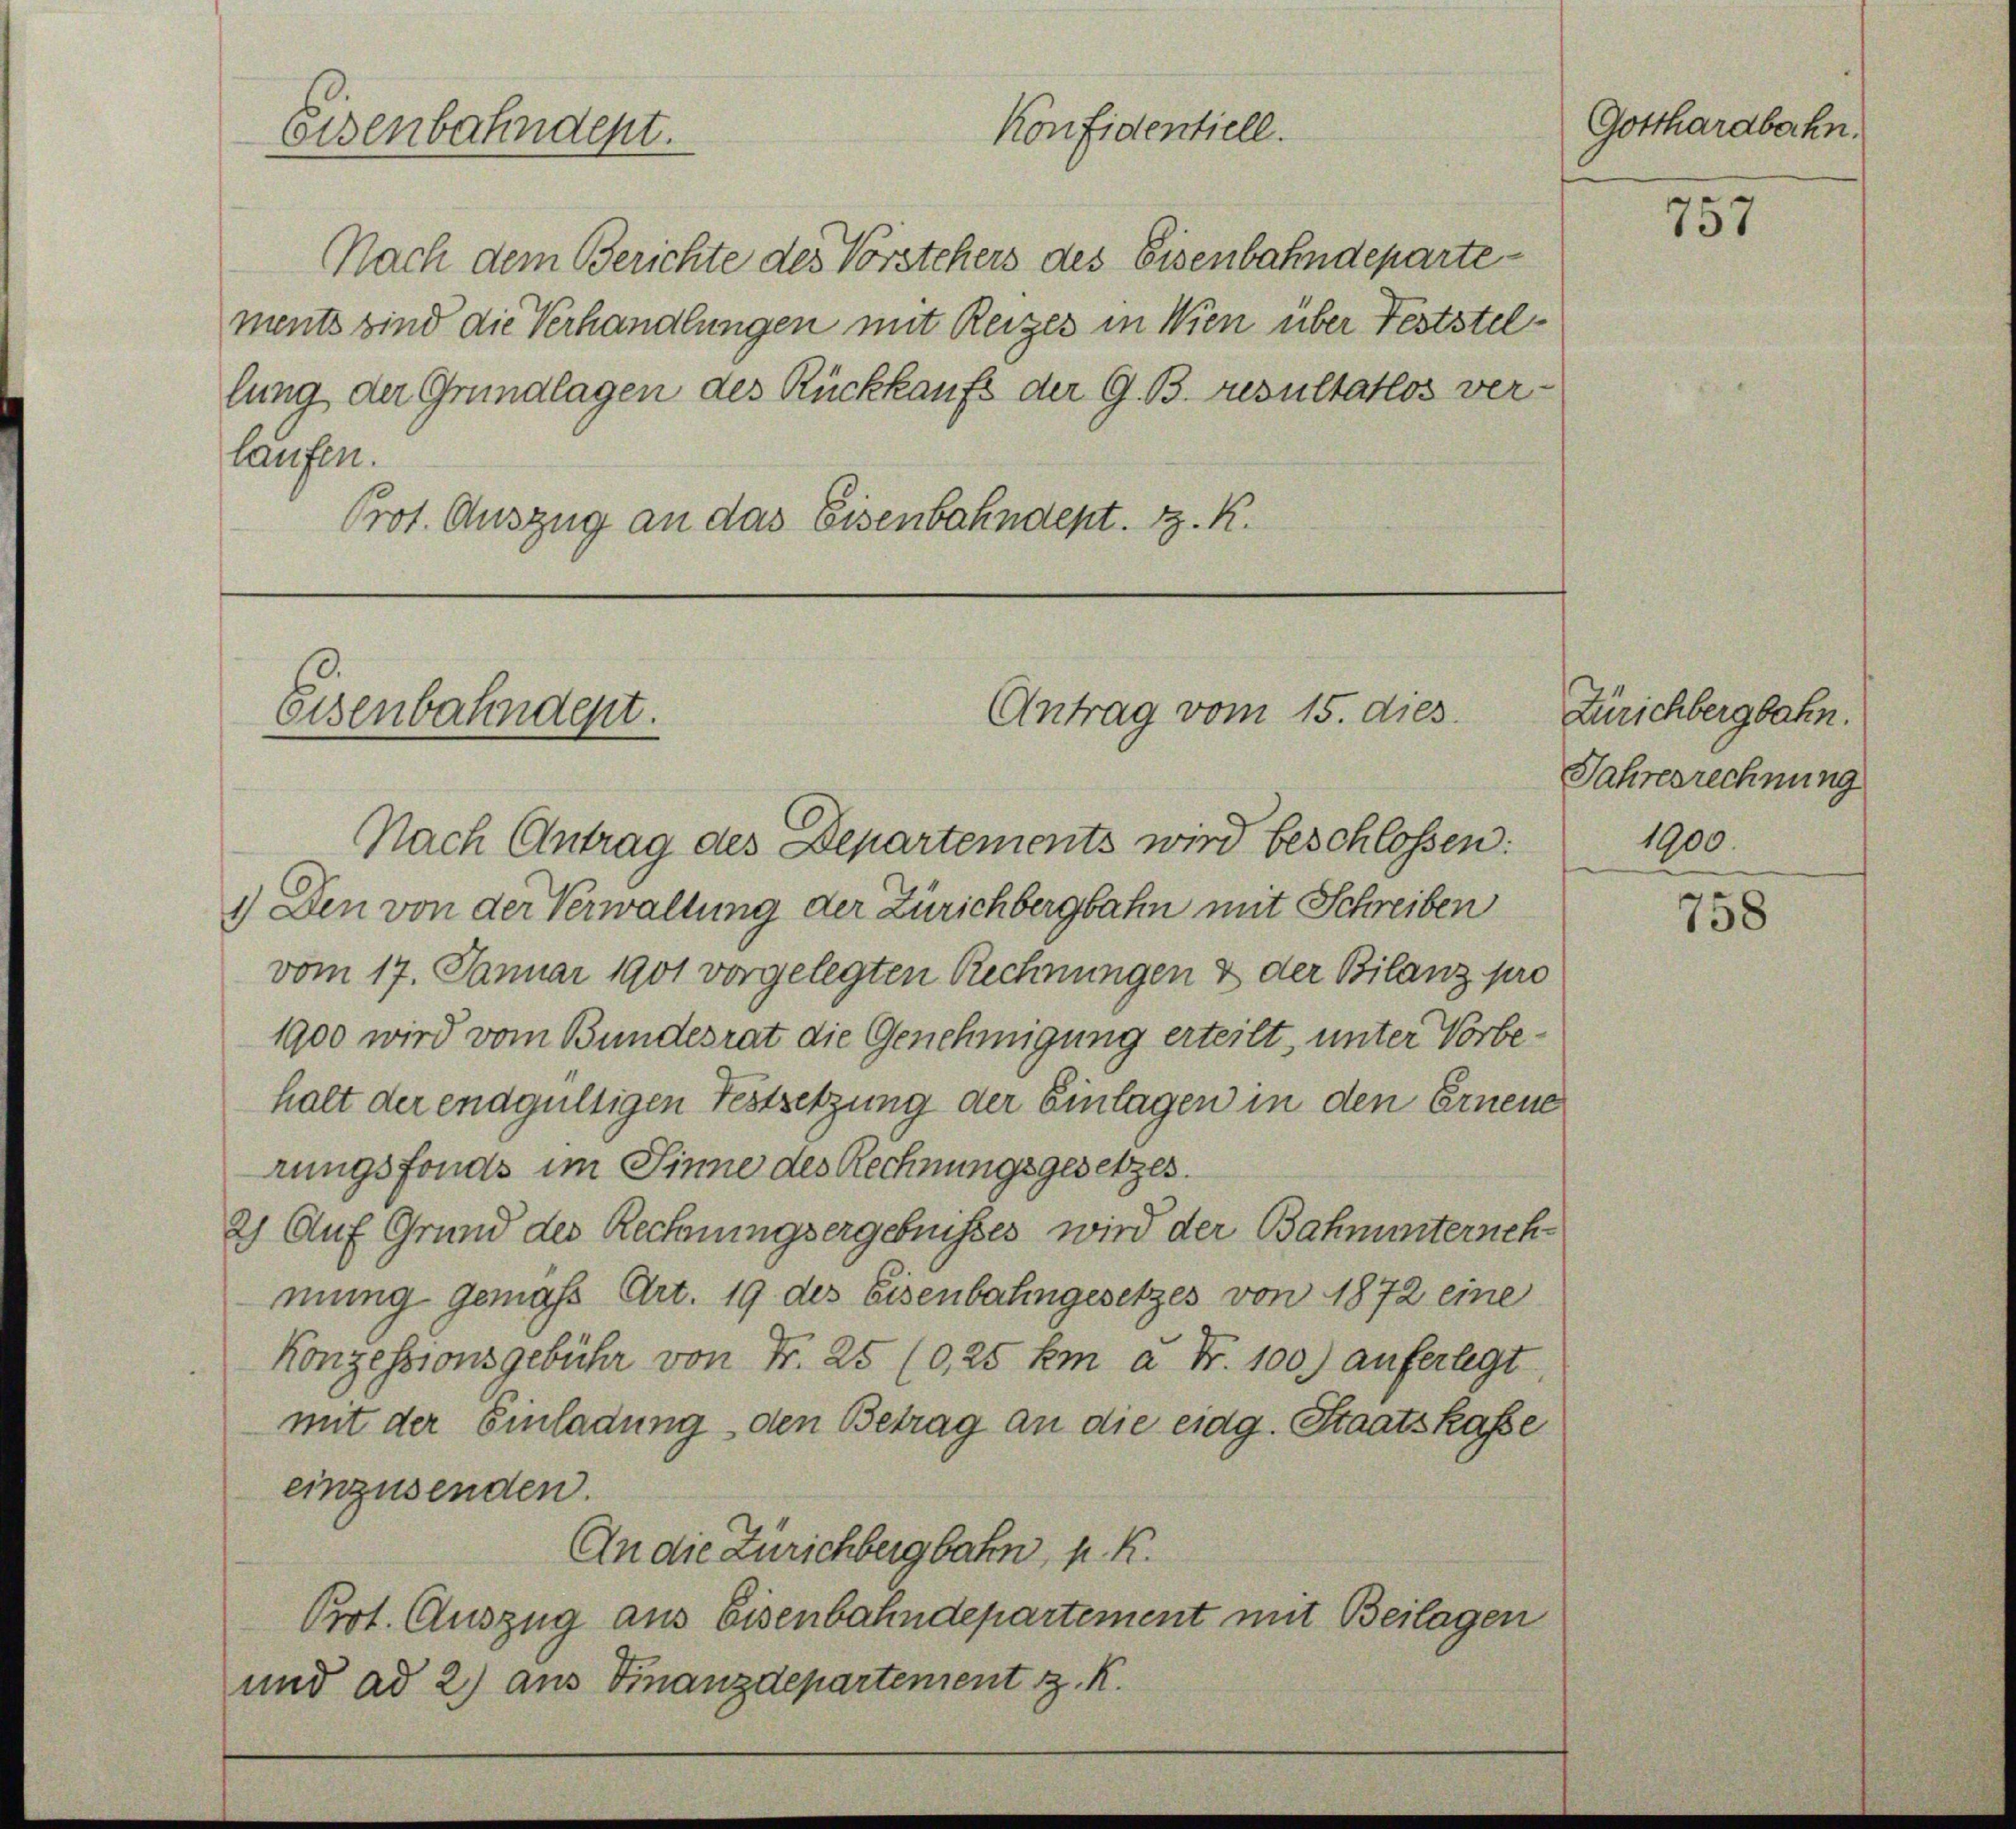
Eisenbahndept.

Eisenbahndept.

Nach dem Berichte des Vorstehers des Eisenbahndeparte

laufen.
Prot. Auszug an das Eisenbahndept. d. R.

ments sind die Verhandlungen mit Reizes in Wien über Feststellung der Grundlagen des Rückkaufs der G. B. Resultatlos ver¬

Konfidentiell.

Antrag vom 15. dies

Gotthardbahn.

Nach Antrag des Departements wird beschlossen:
1.) Den von der Verwaltung der Zürichbergbahn mit Schreiben
vom 17. Januar 1901 vorgelegten Rechnungen & der Bilanz pro
1900 wird vom Bundesrat die Genehmigung erteilt, unter Vorbehalt der endgültigen Festsetzung der Einlagen in den Erneue
rungsfonds im Sinne des Rechnungsgesetzes.
2) Auf Grund des Rechnungsergebnisses wird der Bahnunternehmung gemäß Art. 19 des Eisenbahngesetzes von 1872 eine
Konzessionsgebühr von Fr. 25 (0,25 km à Fr. 100.) auferlegt,
mit der Einladung, den Betrag an die eidg. Staatskasse
einzusenden.
An die Zürichbergbahn, k. k.
Prot. Auszug aus Eisenbahndepartement mit Beilagen
und ad 2) aus Finanzdepartement z. K.

757

Zürichbergbahn.
Jahresrechnung

1900.

758